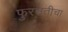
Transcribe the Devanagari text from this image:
फुरसतीचा